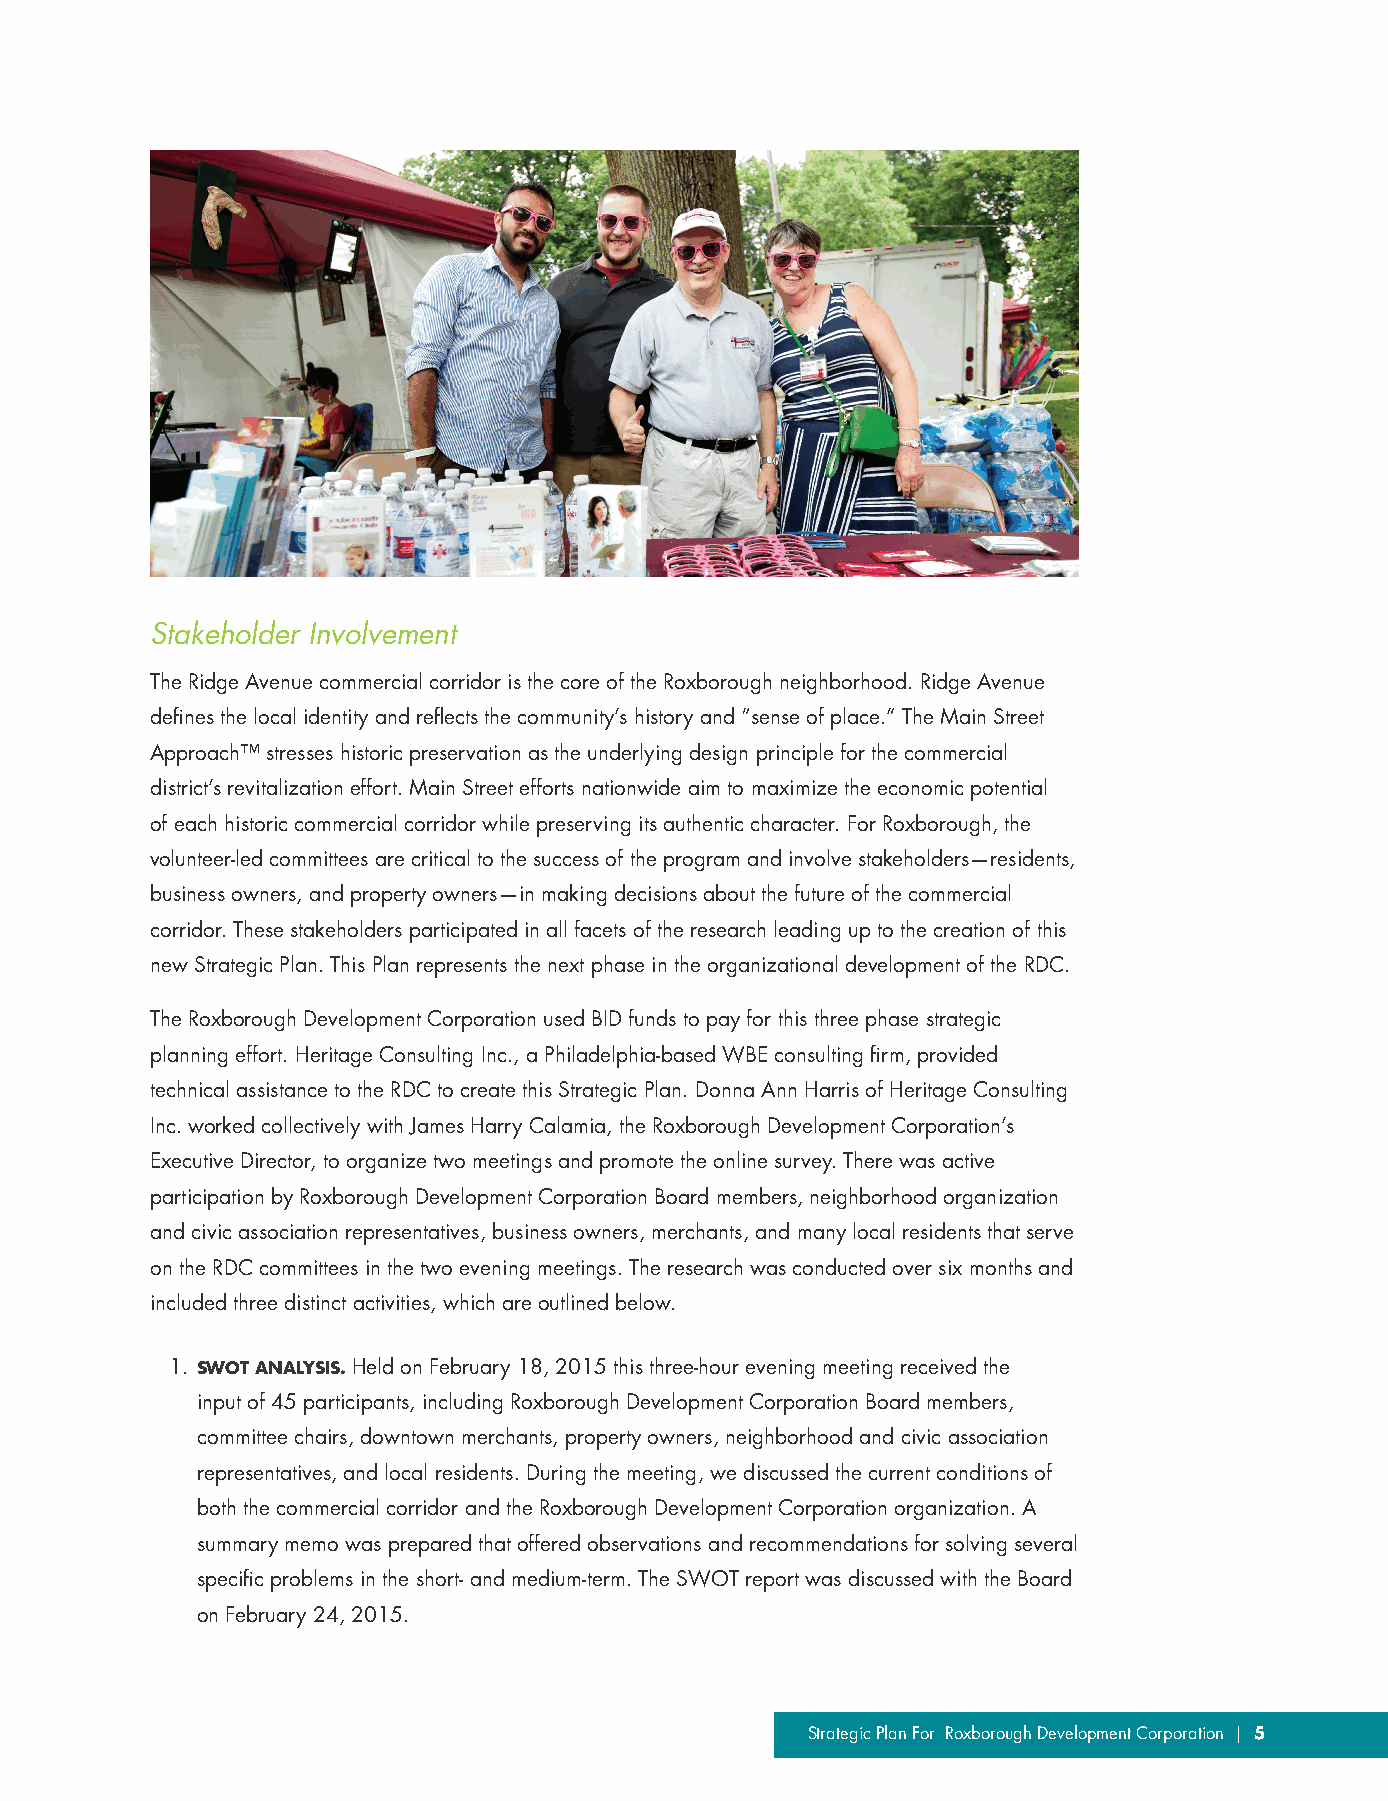
Stakeholder Involvement
 The Ridge Avenue commercial corridor is the core of the Roxborough neighborhood. Ridge Avenue
 defines the local identity and reflects the community’s history and “sense of place.” The Main Street
 Approach™ stresses historic preservation as the underlying design principle for the commercial
 district’s revitalization effort. Main Street efforts nationwide aim to maximize the economic potential
 of each historic commercial corridor while preserving its authentic character. For Roxborough, the
 volunteer-led committees are critical to the success of the program and involve stakeholders—residents,
 business owners, and property owners—in making decisions about the future of the commercial
 corridor. These stakeholders participated in all facets of the research leading up to the creation of this
 new Strategic Plan. This Plan represents the next phase in the organizational development of the RDC.
 The Roxborough Development Corporation used BID funds to pay for this three phase strategic
 planning effort. Heritage Consulting Inc., a Philadelphia-based WBE consulting firm, provided
 technical assistance to the RDC to create this Strategic Plan. Donna Ann Harris of Heritage Consulting
 Inc. worked collectively with James Harry Calamia, the Roxborough Development Corporation’s
 Executive Director, to organize two meetings and promote the online survey. There was active
 participation by Roxborough Development Corporation Board members, neighborhood organization
 and civic association representatives, business owners, merchants, and many local residents that serve
 on the RDC committees in the two evening meetings. The research was conducted over six months and
 included three distinct activities, which are outlined below.
 1. SWOT ANALYSIS. Held on February 18, 2015 this three-hour evening meeting received the
 input of 45 participants, including Roxborough Development Corporation Board members,
 committee chairs, downtown merchants, property owners, neighborhood and civic association
 representatives, and local residents. During the meeting, we discussed the current conditions of
 both the commercial corridor and the Roxborough Development Corporation organization. A
 summary memo was prepared that offered observations and recommendations for solving several
 specific problems in the short- and medium-term. The SWOT report was discussed with the Board
 on February 24, 2015.
 Strategic Plan For Roxborough Development Corporation | 5